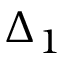
\Delta _ { 1 }